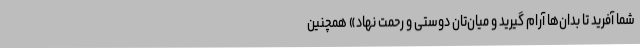
شما آفرید تا بدان‌ها آرام گیرید و میان‌تان دوستی و رحمت نهاد» همچنین